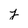
Character: j